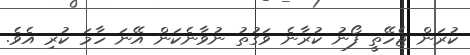
ކުރަން ޖެހޭތީ ފޯނު ކުރާނެ ވަގުތު ނުވާނެކަން އޭނަ ހާމަ ކުރި އެވެ.